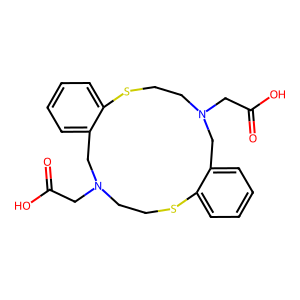
SMILES: O=C(O)CN1CCSc2ccccc2CN(CC(=O)O)CCSc2ccccc2C1
Inhibits HIV replication: No